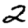
Digit: 2